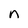
Character: n